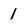
Character: 1